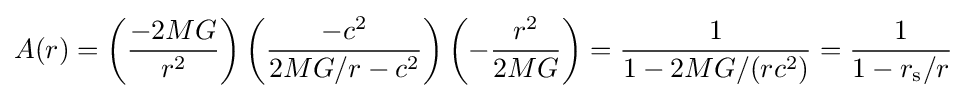
A(r)=\left({\frac {-2MG}{r^{2}}}\right)\left({\frac {-c^{2}}{2MG/r-c^{2}}}\right)\left(-{\frac {r^{2}}{2MG}}\right)={\frac {1}{1-2MG/(rc^{2})}}={\frac {1}{1-r_{\text{s}}/r}}